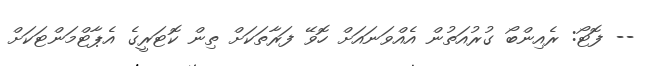
-- ފޮޓޯ: ރެއިންބޯ ގުރުއަތުން އެއްވަނައަށް ހޮވޭ ފަރާތަކަށް ތިން ކޮޓަރީގެ އެޕާޓްމަންޓަކަށް